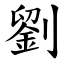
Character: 劉